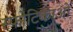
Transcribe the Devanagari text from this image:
स्फोटिकाओं